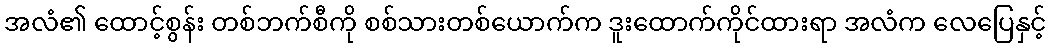
အလံ၏ ထောင့်စွန်း တစ်ဘက်စီကို စစ်သားတစ်ယောက်က ဒူးထောက်ကိုင်ထားရာ အလံက လေပြေနှင့်